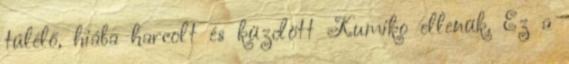
túlélő, hiába harcolt és küzdött Kumiko ellenük. Ez a